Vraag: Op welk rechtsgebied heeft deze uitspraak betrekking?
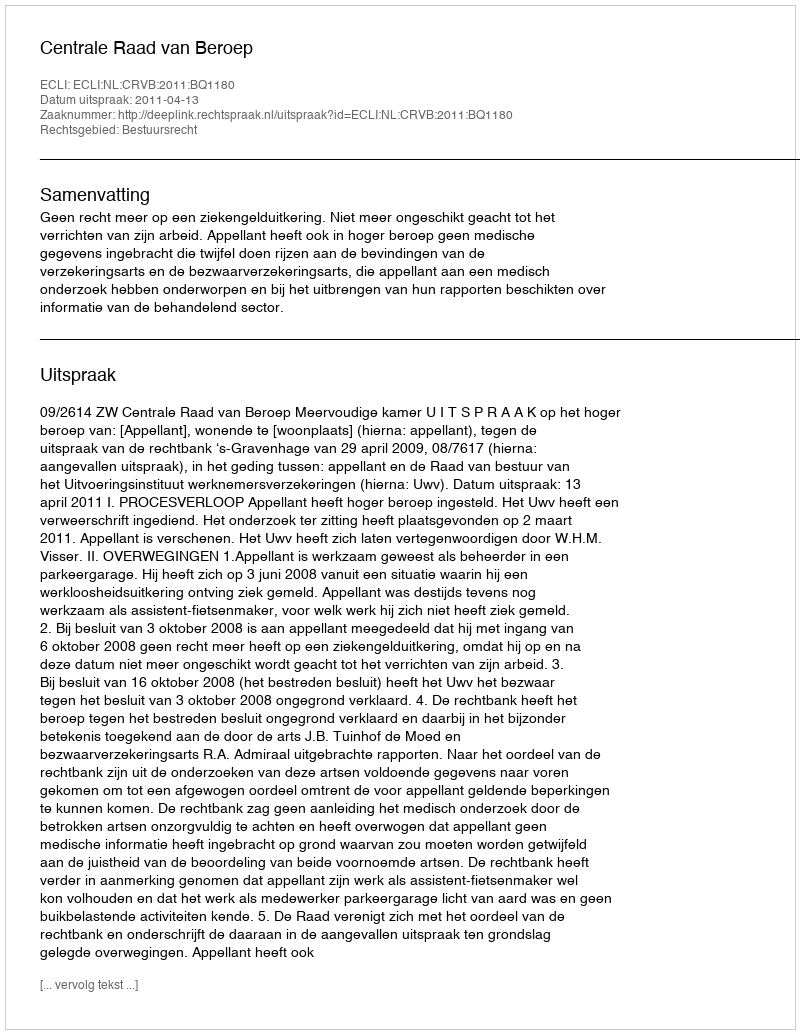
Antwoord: Bestuursrecht